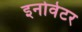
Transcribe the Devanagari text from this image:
इनोवेटर